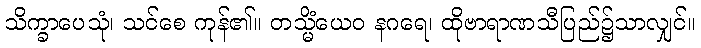
သိက္ခာပေသုံ၊ သင်စေ ကုန်၏။ တသ္မိံယေဝ နဂရေ၊ ထိုဗာရာဏသီပြည်၌သာလျှင်။